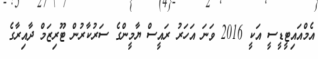
އެމްއައިޓީޑީސީ އަކީ 2016 ވަނަ އަހަރު ރައީސް ޔާމީންގެ ސަރުކާރުން ޓޫރިޒަމް ދާއިރާގެ